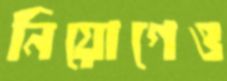
নিয়োগেও